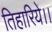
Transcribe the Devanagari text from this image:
तिहारिये।।